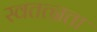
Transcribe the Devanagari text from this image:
स्वतत्न्रता